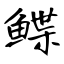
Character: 鲽